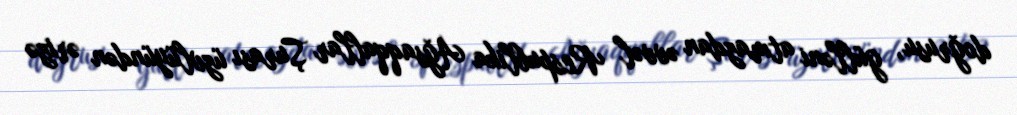
doğrusu, gülləni atmazdan əvvəl Respublika Ağsaqqallar Şurası üzvlüyündən ərizə